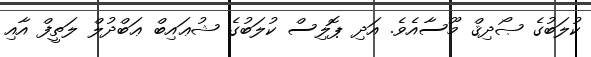
ކުލަބުގެ ޞޯދިޤް މޫސާއެވެ. އަދި ޕޮލިސް ކުލަބުގެ ޝުޢައިބް ޢަބްދުލް ލަތީފް އާއި